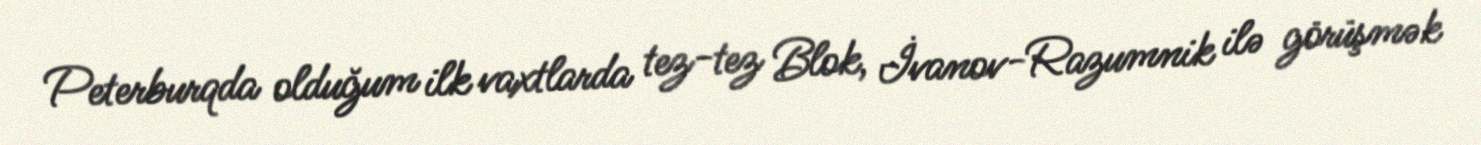
Peterburqda olduğum ilk vaxtlarda tez-tez Blok, İvanov-Razumnik ilə görüşmək